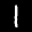
Label: 1